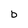
Character: b